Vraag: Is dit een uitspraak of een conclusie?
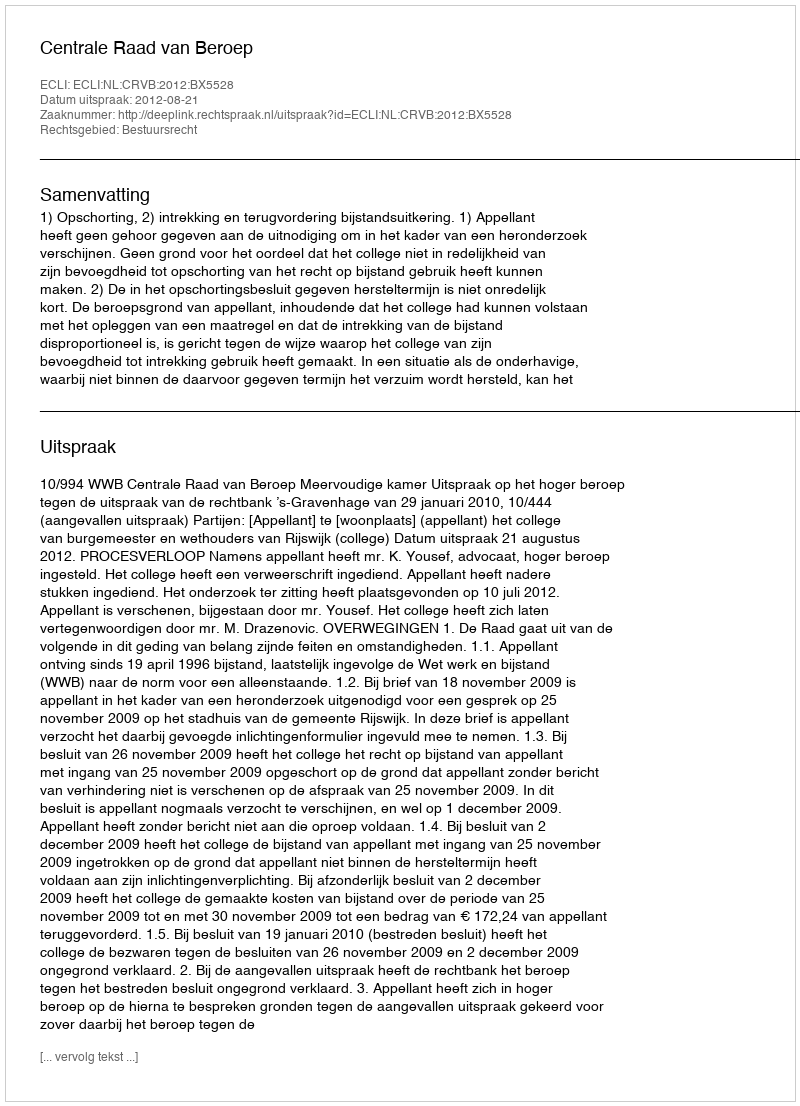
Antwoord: Uitspraak